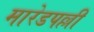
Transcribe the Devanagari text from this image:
मारेडपल्ली